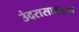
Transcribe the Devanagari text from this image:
उंदरासारख्या